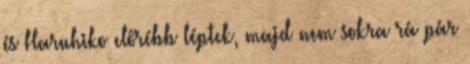
és Haruhiko előrébb léptek, majd nem sokra rá pár